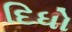
દિધો